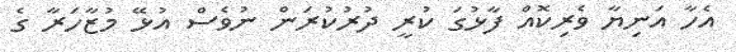
އެހާ އަނިޔާ ވެރިކޮއް ފާޅުގަ ކުރީ ދުރުކުރަން ނުވެސް އުޅޭ މުޒާހަރާ ގެ